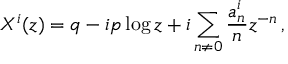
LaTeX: X ^ { i } ( z ) = q - i p \log z + i \sum _ { n \neq 0 } { \frac { a _ { n } ^ { i } } { n } } z ^ { - n } \, ,